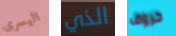
اليسرى الذي حروف